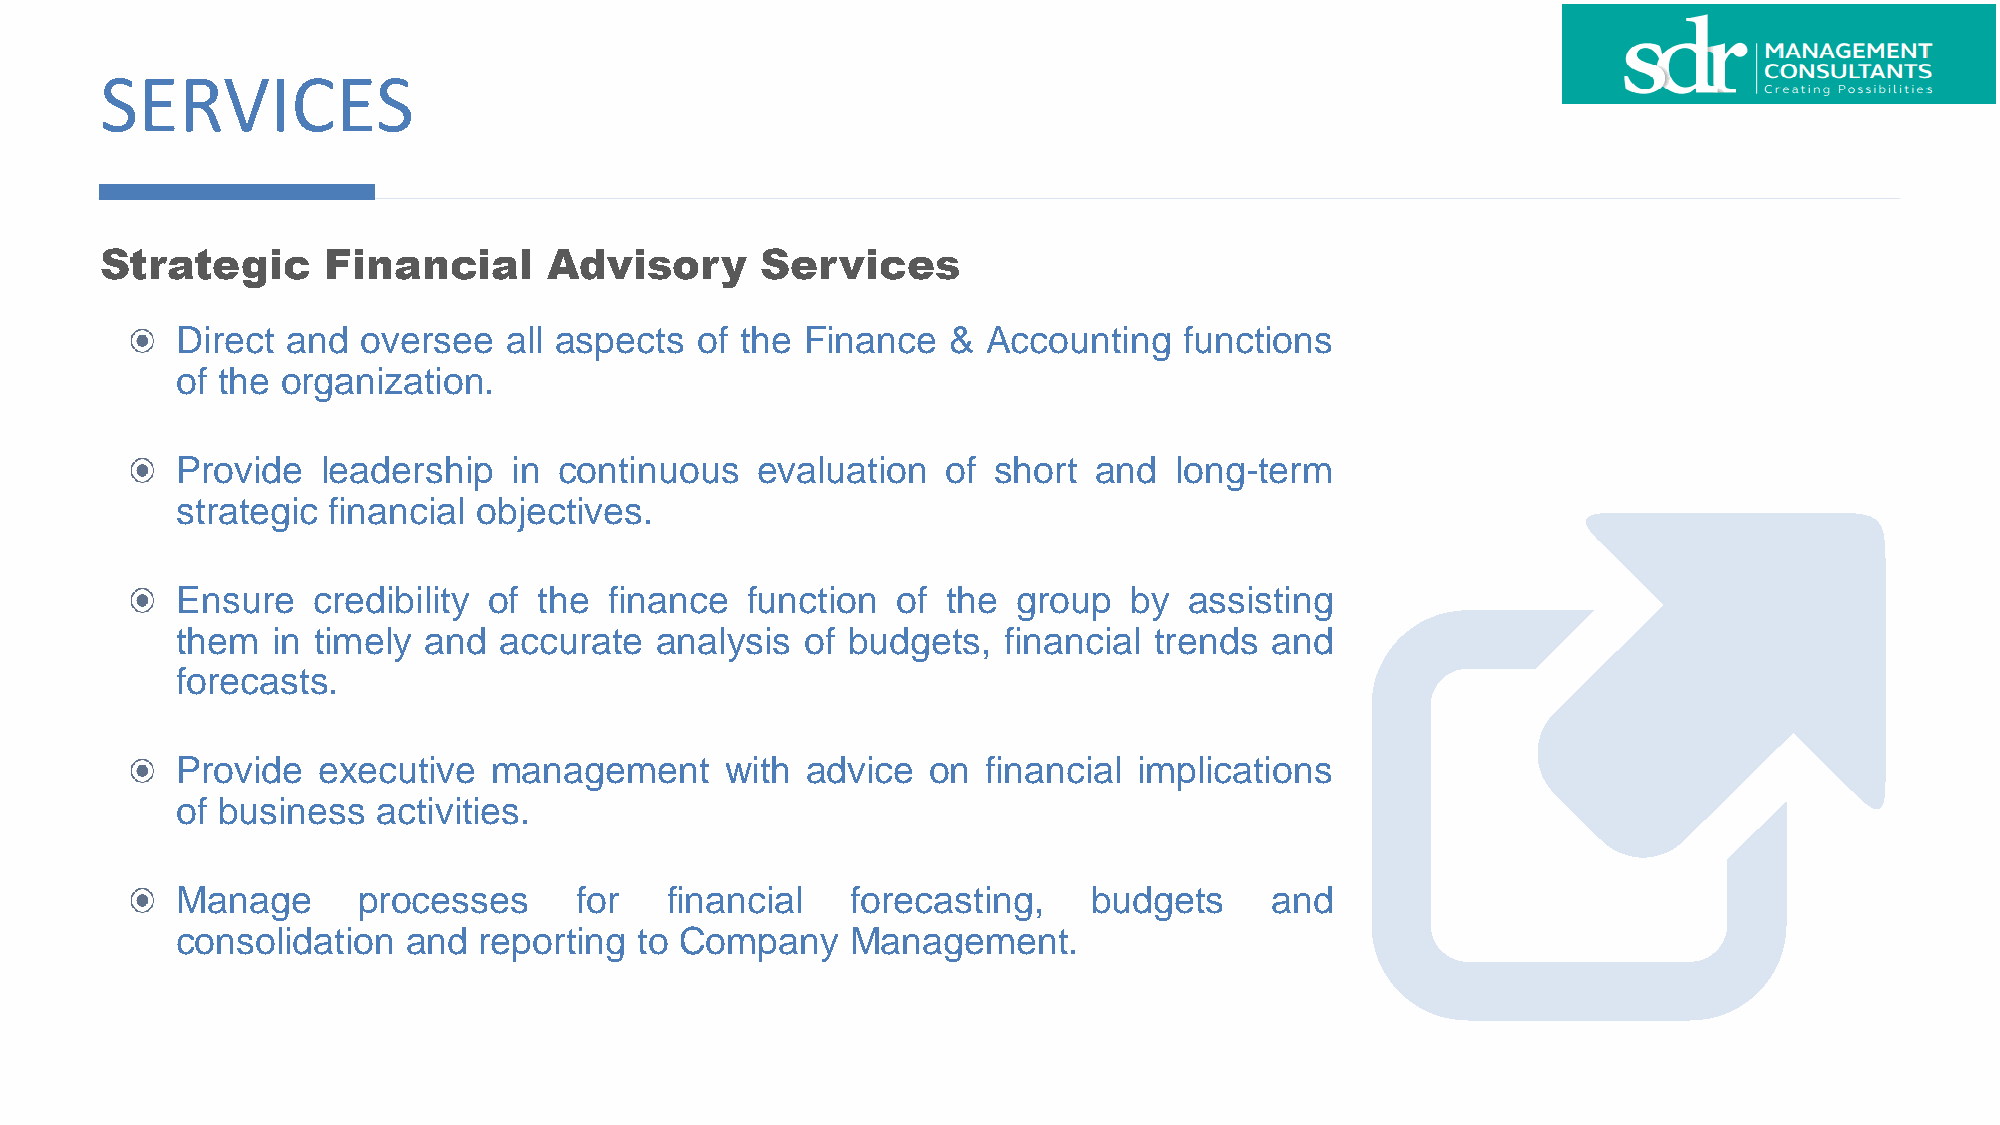
SERVICES
 Strategic      Financial     Advisory      Services
 Direct and  oversee  all aspects  of the Finance   & Accounting   functions
 of the organization.
 Provide  leadership   in continuous   evaluation   of short and   long-term
 strategic financial objectives.
 Ensure   credibility of the finance  function  of  the group   by  assisting
 them  in timely and  accurate  analysis  of budgets,  financial trends  and
 forecasts.
 Provide  executive  management      with advice  on  financial implications
 of business  activities.
 Manage      processes     for   financial   forecasting,    budgets     and
 consolidation  and  reporting to Company    Management.